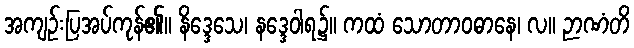
အကျဉ်းပြအပ်ကုန်၏။ နိဒ္ဒေသေ၊ နဒ္ဒေဝါရ၌။ ကထံ သောတာဝဓာနေ၊ လ။ ဉာဏံတိ